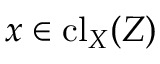
x \in \operatorname { c l } _ { X } ( Z )